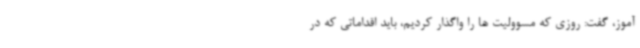
آموز، گفت: روزی که مسوولیت ها را واگذار کردیم، باید اقداماتی که در